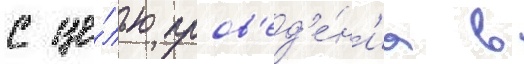
с це́лью пров'ед'е́н'иа в